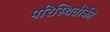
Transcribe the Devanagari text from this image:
परिस्थितीकी